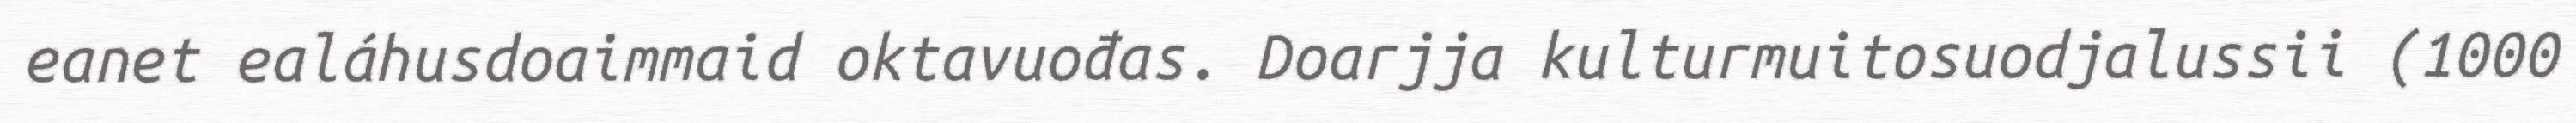
eanet ealáhusdoaimmaid oktavuođas. Doarjja kulturmuitosuodjalussii (1000